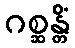
ဂစ္ဆန္တိံ